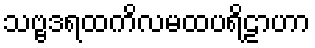
သဗ္ဗဒရထကိလမထပရိဠာဟာ